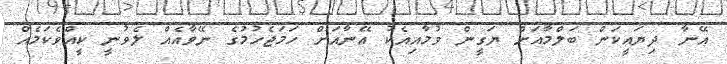
އޭނާ ދިޔައީކަން ބަލްމާއަށް ޔަގީން ވުމާއިއެކު އޭނާއަށް ހަމަޖެހުމުގެ ނޭވާއެއް ލެވުނީ ކީއްވެކަމެއް